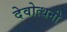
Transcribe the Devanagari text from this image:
देवोत्थनी